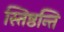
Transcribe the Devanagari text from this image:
स्तिष्ठन्ति